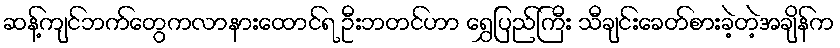
ဆန့်ကျင်ဘက်တွေကလာနားထောင်ရ ဦးဘတင်ဟာ ရွှေပြည်ကြီး သီချင်းခေတ်စားခဲ့တဲ့အချိန်က